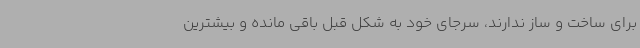
برای ساخت و ساز ندارند، سرجای خود به شکل قبل باقی مانده و بیشترین